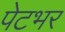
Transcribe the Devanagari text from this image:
पेटभर